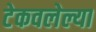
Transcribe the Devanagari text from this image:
टेकवलेल्या